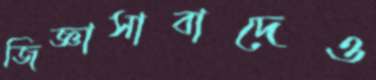
জিজ্ঞাসাবাদেও